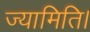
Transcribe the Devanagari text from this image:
ज्यामिति।